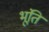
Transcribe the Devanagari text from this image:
भूंति